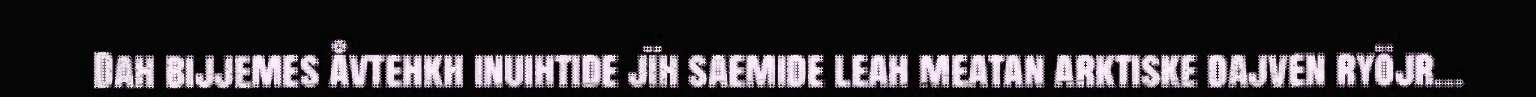
Dah bijjemes åvtehkh inuihtide jïh saemide leah meatan arktiske dajven ryöjr...